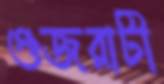
গুজরাটী